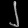
Digit: ၂